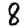
Digit: 8